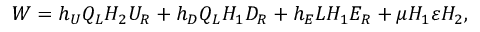
W = h _ { U } Q _ { L } H _ { 2 } U _ { R } + h _ { D } Q _ { L } H _ { 1 } D _ { R } + h _ { E } L H _ { 1 } E _ { R } + \mu H _ { 1 } \varepsilon H _ { 2 } ,